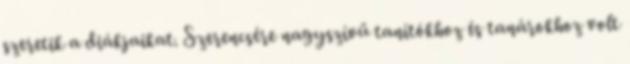
szeretik a diákjaikat. Szerencsére nagyszívű tanítókhoz és tanárokhoz volt